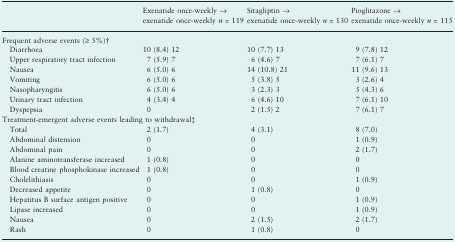
<table><thead><tr><td></td><td><b>Exenatide once-weekly → exenatide once-weekly <i>n</i> = 119</b></td><td><b>Sitagliptin → exenatide once-weekly <i>n</i> = 130</b></td><td><b>Pioglitazone → exenatide once-weekly <i>n</i> = 115</b></td></tr></thead><tbody><tr><td colspan="4">Frequent adverse events (≥ 5%)†</td></tr><tr><td> Diarrhoea</td><td>10 (8.4) 12</td><td>10 (7.7) 13</td><td>9 (7.8) 12</td></tr><tr><td> Upper respiratory tract infection</td><td>7 (5.9) 7</td><td>6 (4.6) 7</td><td>7 (6.1) 7</td></tr><tr><td> Nausea</td><td>6 (5.0) 6</td><td>14 (10.8) 21</td><td>11 (9.6) 13</td></tr><tr><td> Vomiting</td><td>6 (5.0) 6</td><td>5 (3.8) 5</td><td>3 (2.6) 4</td></tr><tr><td> Nasopharyngitis</td><td>6 (5.0) 6</td><td>3 (2.3) 3</td><td>5 (4.3) 6</td></tr><tr><td> Urinary tract infection</td><td>4 (3.4) 4</td><td>6 (4.6) 10</td><td>7 (6.1) 10</td></tr><tr><td> Dyspepsia</td><td>0</td><td>2 (1.5) 2</td><td>7 (6.1) 7</td></tr><tr><td colspan="4">Treatment-emergent adverse events leading to withdrawal‡</td></tr><tr><td> Total</td><td>2 (1.7)</td><td>4 (3.1)</td><td>8 (7.0)</td></tr><tr><td> Abdominal distension</td><td>0</td><td>0</td><td>1 (0.9)</td></tr><tr><td> Abdominal pain</td><td>0</td><td>0</td><td>2 (1.7)</td></tr><tr><td> Alanine aminotransferase increased</td><td>1 (0.8)</td><td>0</td><td>0</td></tr><tr><td> Blood creatine phosphokinase increased</td><td>1 (0.8)</td><td>0</td><td>0</td></tr><tr><td> Cholelithiasis</td><td>0</td><td>0</td><td>1 (0.9)</td></tr><tr><td> Decreased appetite</td><td>0</td><td>1 (0.8)</td><td>0</td></tr><tr><td> Hepatitus B surface antigen positive</td><td>0</td><td>0</td><td>1 (0.9)</td></tr><tr><td> Lipase increased</td><td>0</td><td>0</td><td>1 (0.9)</td></tr><tr><td> Nausea</td><td>0</td><td>2 (1.5)</td><td>2 (1.7)</td></tr><tr><td> Rash</td><td>0</td><td>1 (0.8)</td><td>0</td></tr></tbody></table>